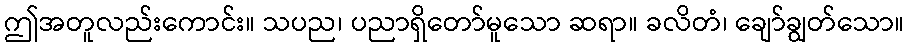
ဤအတူလည်းကောင်း။ သပည၊ ပညာရှိတော်မူသော ဆရာ။ ခလိတံ၊ ချော်ချွတ်သော။